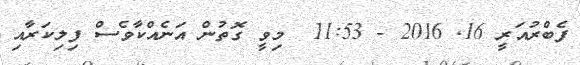
ފެބްރުއަރީ 16